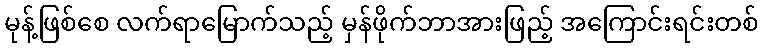
မုန့်ဖြစ်စေ လက်ရာမြောက်သည့် မှန်ဖိုက်ဘာအားဖြည့် အကြောင်းရင်းတစ်